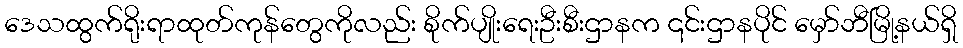
ဒေသထွက်ရိုးရာထုတ်ကုန်တွေကိုလည်း စိုက်ပျိုးရေးဦးစီးဌာနက ၎င်းဌာနပိုင် မှော်ဘီမြို့နယ်ရှိ